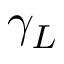
\gamma _ { L }